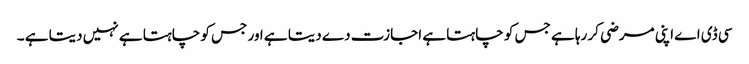
سی ڈی اے اپنی مرضی کر رہا ہے جس کو چاہتا ہے اجازت دے دیتا ہے اور جس کو چاہتا ہے نہیں دیتا ہے ۔